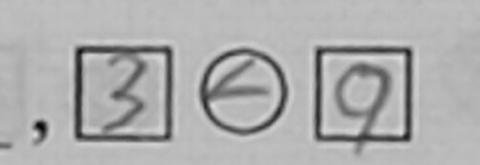
. , \boxed { 3 } \textcircled { < } \boxed { 9 }